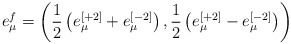
\begin{align*}e^f_\mu = \left( {1 \over 2} \left(e^{[+2]}_\mu + e^{[-2]}_\mu\right) , {1 \over 2} \left(e^{[+2]}_\mu - e^{[-2]}_\mu\right)\right)\end{align*}